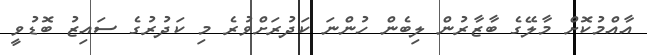
އާއްމުކޮށް މާލޭގެ ބާޒާރުން ލިބެން ހުންނަ ކަދުރަށްވުރެ މި ކަދުރުގެ ސައިޒު ބޮޑުވީ